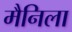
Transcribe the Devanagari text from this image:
मैनिला